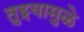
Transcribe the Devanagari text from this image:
तुझ्यामुळे